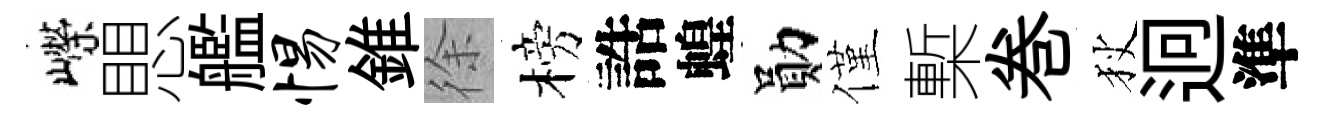
嶸愳艦惕錐徐榜誥蝗勛僅槧巻狄迥準